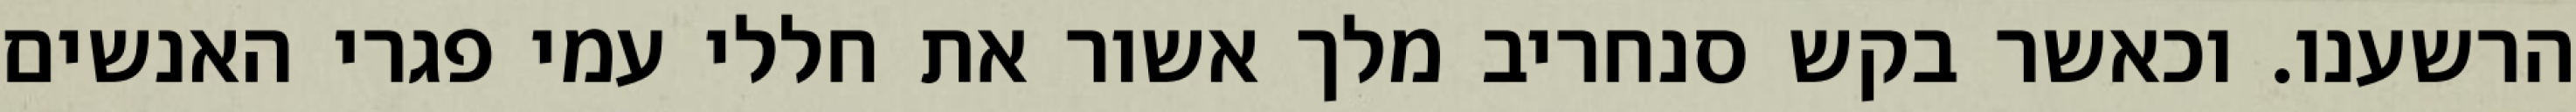
הרשענו. וכאשר בקש סנחריב מלך אשור את חללי עמי פגרי האנשים